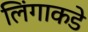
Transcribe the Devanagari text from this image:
लिंगाकडे